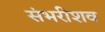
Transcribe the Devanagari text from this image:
संभरीशव